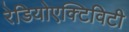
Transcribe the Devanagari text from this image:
रेडियोएक्टिविटी